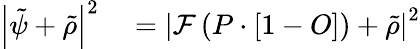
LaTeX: \begin{array}{rl}{\left|\tilde{\psi}+\tilde{\rho}\right|^{2}}&{{}=\left|\mathcal{F}\left(P\cdot\left[1-O\right]\right)+\tilde{\rho}\right|^{2}}\end{array}